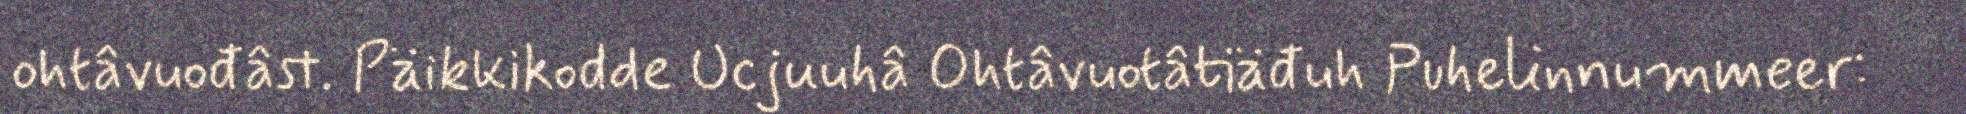
ohtâvuođâst. Päikkikodde Ucjuuhâ Ohtâvuotâtiäđuh Puhelinnummeer: